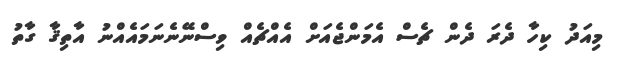
މިއަދު ކިހާ ދެރަ ދެން ޗެސް އެމަންޖެއަށް އެއްޗެއް ވިސްނޭނެނަމައެއްނު އާތިޤާ ގާތު